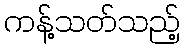
ကန့်သတ်သည့်